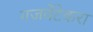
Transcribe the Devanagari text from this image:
गजवेंटेकरा